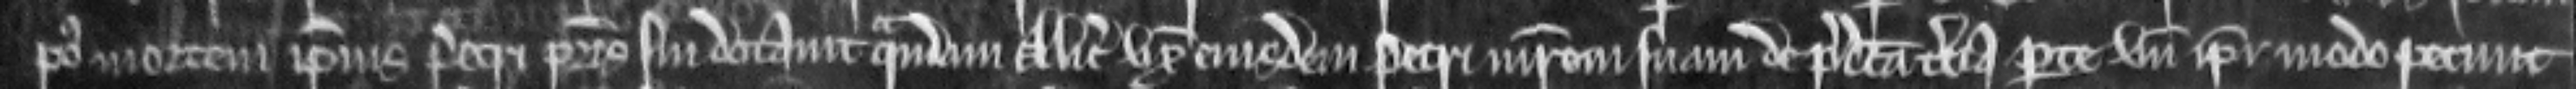
post mortem ipsius Petri patris sui dotavit quandam Aliciam uxorem ejusdem Petri matrem suam de predicta tercia parte unde ipsi modo petunt